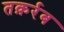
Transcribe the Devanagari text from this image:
तक़र्रब